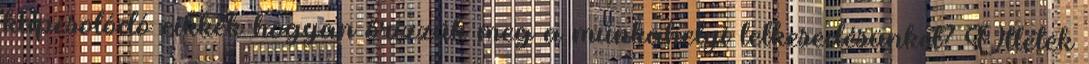
kapcsolódó cikkek hogyan őrizzük meg a munkahelyi lelkesedésünket? Ötletek